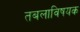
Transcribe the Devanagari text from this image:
तबलाविषयक